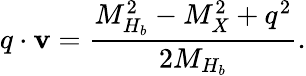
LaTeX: q\cdot\mathbf{v}={\frac{{M_{H_{b}}^{2}-M_{X}^{2}+q^{2}}}{{2M_{H_{b}}}}}.